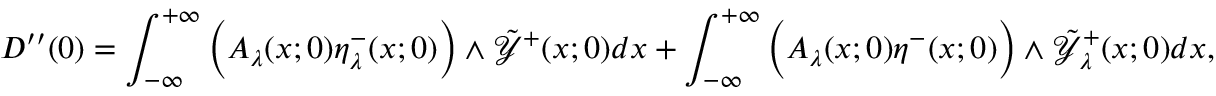
D ^ { \prime \prime } ( 0 ) = \int _ { - \infty } ^ { + \infty } \Big ( A _ { \lambda } ( x ; 0 ) \eta _ { \lambda } ^ { - } ( x ; 0 ) \Big ) \wedge \tilde { \mathcal { Y } } ^ { + } ( x ; 0 ) d x + \int _ { - \infty } ^ { + \infty } \Big ( A _ { \lambda } ( x ; 0 ) \eta ^ { - } ( x ; 0 ) \Big ) \wedge \tilde { \mathcal { Y } } _ { \lambda } ^ { + } ( x ; 0 ) d x ,